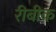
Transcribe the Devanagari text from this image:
रीबीक